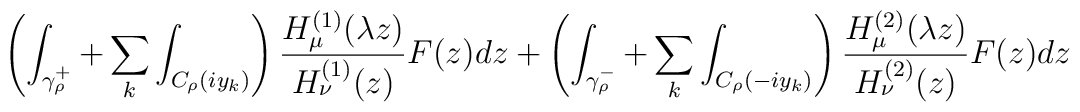
\left( \int_{\gamma _\rho^+}+\sum_{k}\int_{C_\rho (iy_k)}\right) \frac{H^{(1)}_{\mu }(\lambda z)}{H^{(1)}_{\nu }(z)}F(z)dz+\left( \int_{\gamma _\rho^-}+\sum_{k}\int_{C_\rho (-iy_k)}\right) \frac{H^{(2)}_{\mu }(\lambda z)}{H^{(2)}_{\nu }(z)}F(z)dz